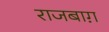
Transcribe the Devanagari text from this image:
राजबाग़